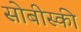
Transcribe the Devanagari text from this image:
सोबीस्की